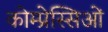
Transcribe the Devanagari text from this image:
कोम्प्रेस्सिओं